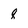
Character: q